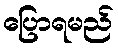
ပြောရမည်